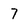
Character: 7